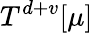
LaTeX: T^{d+v}[\mu]